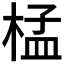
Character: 𣓶